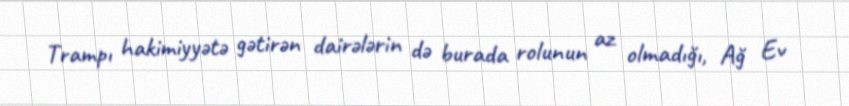
Trampı hakimiyyətə gətirən dairələrin də burada rolunun az olmadığı, Ağ Ev